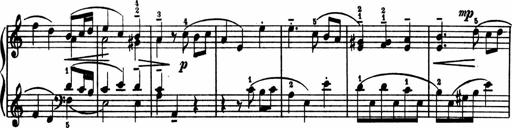
Title: 2 Sonatinen
Composer: Lambertus Adrianus van Tetterode